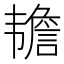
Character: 𬰷